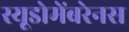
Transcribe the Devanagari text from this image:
स्यूडोमेंबरेनस